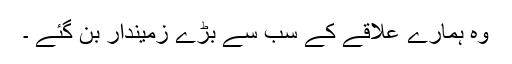
وہ ہمارے علاقے کے سب سے بڑے زمیندار بن گئے ۔